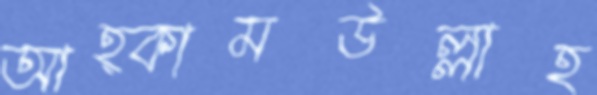
আহ্কামউল্লাহ